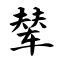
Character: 辇